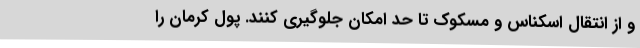
و از انتقال اسکناس و مسکوک تا حد امکان جلوگیری کنند. پول کرمان را